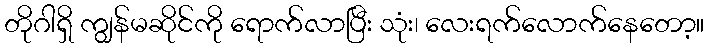
တိုဂါရှိ ကျွန်မဆိုင်ကို ရောက်လာပြီး သုံး၊ လေးရက်လောက်နေတော့။